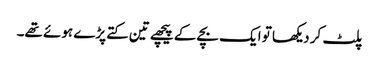
پلٹ کر دیکھا تو ایک بچے کے پیچھے تین کتے پڑے ہوئے تھے۔